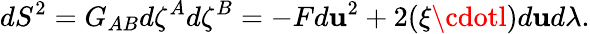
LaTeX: dS^{2}=G_{AB}d\zeta^{A}d\zeta^{B}=-Fd\mathbf{u}^{2}+2(\xi\cdotl)d\mathbf{u}d\lambda.